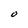
Character: O